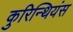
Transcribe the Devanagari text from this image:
कुरिन्थियंस